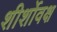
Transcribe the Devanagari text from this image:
शीर्शोवक्ष